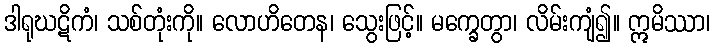
ဒါရုဃဋိကံ၊ သစ်တုံးကို။ လောဟိတေန၊ သွေးဖြင့်။ မက္ခေတွာ၊ လိမ်းကျံ၍။ ဣမိဿာ၊